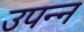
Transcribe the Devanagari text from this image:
उपन्न